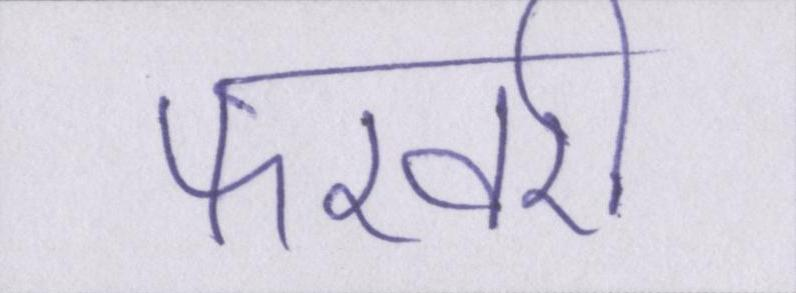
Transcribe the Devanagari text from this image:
फरवरी